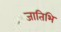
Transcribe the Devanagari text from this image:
जातिभि